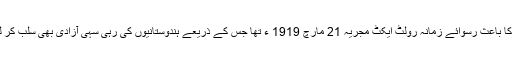
اس قتل عام کا باعث رسوائے زمانہ رولٹ ایکٹ مجریہ 21 مارچ 1919 ء تھا جس کے ذریعے ہندوستانیوں کی رہی سہی آزادی بھی سلب کر لی گئی تھی۔